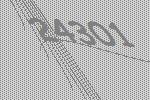
24301